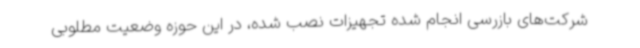
شرکت‌های بازرسی انجام شده تجهیزات نصب شده، در این حوزه وضعیت مطلوبی